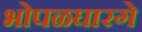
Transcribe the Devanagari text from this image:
भोपळघारगे